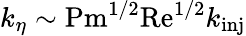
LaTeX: k_{\eta}\sim\textrm{Pm}^{1/2}\textrm{Re}^{1/2}k_{\textrm{inj}}